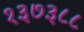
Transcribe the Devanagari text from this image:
१३७३८८